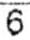
6